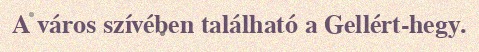
A város szívében található a Gellért-hegy.